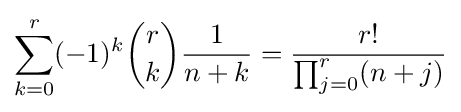
\sum _{k=0}^{r}(-1)^{k}{\binom {r}{k}}{\frac {1}{n+k}}={\frac {r!}{\prod _{j=0}^{r}(n+j)}}